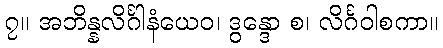
၇။ အဘိန္နလိင်္ဂါနံယေဝ၊ ဒွန္ဒော စ၊ လိင်္ဂဝါစကာ။